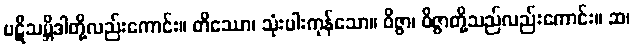
ပဋိသမ္ဘိဒါတို့လည်းကောင်း။ တိဿော၊ သုံးပါးကုန်သော။ ဝိဇ္ဇာ၊ ဝိဇ္ဇာတို့သည်လည်းကောင်း။ ဆ၊